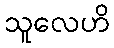
သူလေဟိ